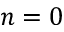
n = 0